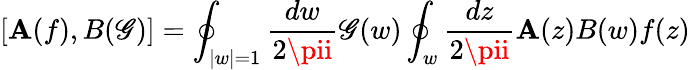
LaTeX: [\mathbf{A}(f),B(\mathscr{G})]=\oint_{|w|=1}\frac{{dw}}{{2\pii}}\mathscr{G}(w)\oint_{w}\frac{{dz}}{{2\pii}}\mathbf{A}(z)B(w)f(z)